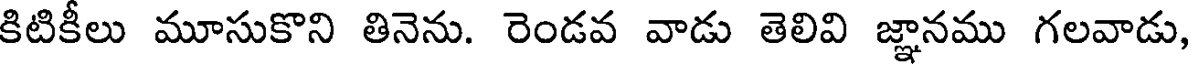
కిటికీలు మూసుకొని తినెను. రెండవ వాడు తెలివి జ్ఞానము గలవాడు,